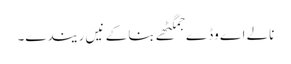
نالے اے وڈے جمگٹھے بنا کے نیں ریندے۔